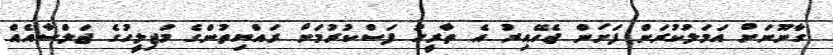
ގާނޫނަށް އަމަލުކުރަން ފަށަން ޖެހޭއިރު އެ ތާރީހު ފަސްކުރުމަށް ރައްޔިތުންގެ މަޖިލީހުގެ ޖަލްސާއެއް